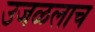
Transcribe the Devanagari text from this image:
उजळलाच